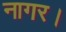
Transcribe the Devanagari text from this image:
नागर।